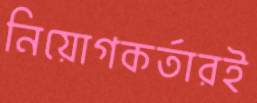
নিয়োগকর্তারই